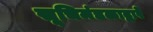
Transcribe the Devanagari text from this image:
सूचिमंडळाद्वारे